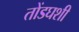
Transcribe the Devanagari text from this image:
तोंडघशी